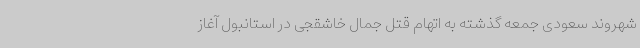
شهروند سعودی جمعه گذشته به اتهام قتل جمال خاشقجی در استانبول آغاز